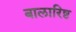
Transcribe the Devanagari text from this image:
बालारिष्ट